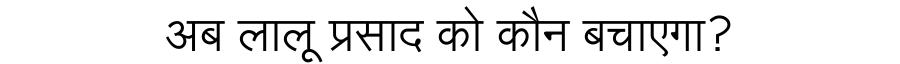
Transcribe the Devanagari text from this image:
अब लालू प्रसाद को कौन बचाएगा?